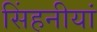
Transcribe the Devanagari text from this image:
सिंहनीयां